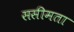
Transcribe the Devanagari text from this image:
ससीमता